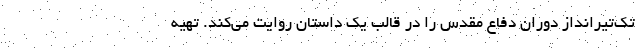
تک‌تیرانداز دوران دفاع مقدس را در قالب یک داستان روایت می‌کند. تهیه